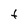
Character: F